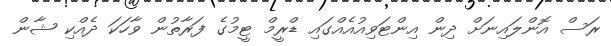
ރަސް އޮންލައިނަށް ދިން އިންޓަވިއުއެއްގައި ޑްރީމް ޓީމުގެ ފަރާތުން ވާހަކަ ދެއްކި ޝާން